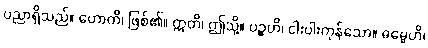
ပညာရှိသည်။ ဟောတိ၊ ဖြစ်၏။ ဣတိ၊ ဤသို့။ ပဉ္စဟိ၊ ငါးပါးကုန်သော။ ဓမ္မေဟိ၊